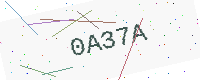
Text: 0A37A